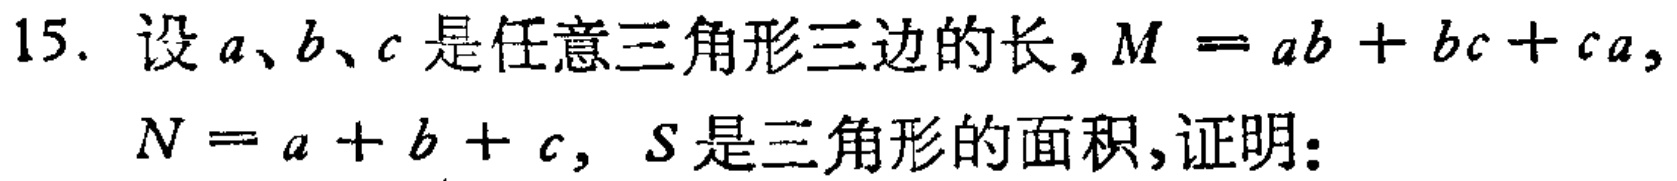
15. 设\(a、b、c\)是任意三角形三边的长，\(M = ab + bc + ca\)，\(N = a + b + c\)，\(S\)是三角形的面积，证明：